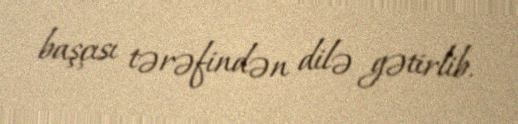
başçısı tərəfindən dilə gətirlib.